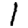
Digit: 1